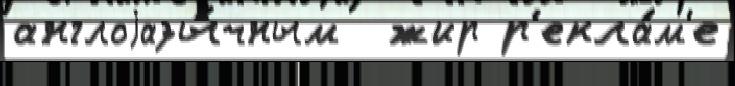
англоjазы́чным  жир р'екла́м'е